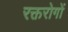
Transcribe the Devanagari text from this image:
रक्तरोगों